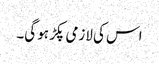
اس کی لازمی پکڑ ہو گی۔